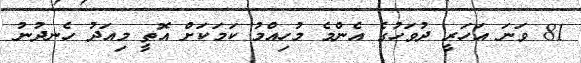
81 ވަނަ އަހަަރީ ދުވަހުގެ އެންމެ މުހިއްމު ކަމަކަށް އޮތީ މިއަދު ހެނދުނު